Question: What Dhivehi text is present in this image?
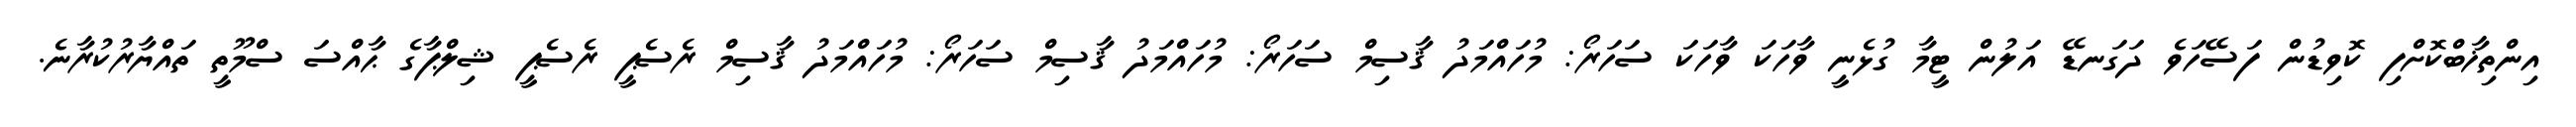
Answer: އިންތިޚާބްކޮށްފި ކޮވިޑުން ފަސޭހަވެ ދަގަނޑޭ އަލުން ޓީމާ ގުޅެނީ ވާހަކަ ވާހަކަ ސަހަރޯ: މުހައްމަދު ޤާސިމް ސަހަރޯ: މުހައްމަދު ޤާސިމް ސަހަރޯ: މުހައްމަދު ޤާސިމް ރެސެޕީ ރެސެޕީ ޝިލްޕާގެ ޙާއްސަ ސްމޫތީ ތައްޔާރުކުރާނެ.